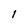
Character: I